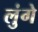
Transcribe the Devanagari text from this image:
लुंगे